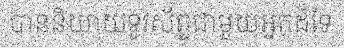
បាននិយាយទូរស័ព្ទជាមួយអ្នកដ៏ទៃ